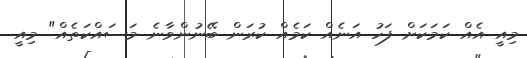
މިއީ އެއް ކަމަކަށް ފަހު އަނެއް ކަމެއް ކުރަން ބޭނުންވާނެ މަސައްކަތެއް" މިއީ